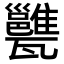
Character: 𤮲